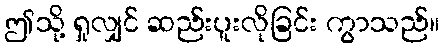
ဤသို့ ရှုလျှင် ဆည်းပူးလိုခြင်း ကွာသည်။